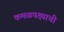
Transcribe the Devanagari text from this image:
कमळपक्ष्याची